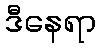
ဒီနေရာ